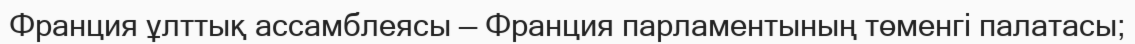
Франция ұлттық ассамблеясы — Франция парламентының төменгі палатасы;